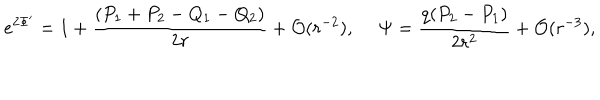
e ^ { 2 \Phi ^ { \prime } } = 1 + { \frac { ( P _ { 1 } + P _ { 2 } - Q _ { 1 } - Q _ { 2 } ) } { 2 r } } + { \cal O } ( r ^ { - 2 } ) , \ \Psi = { \frac { q ( P _ { 2 } - P _ { 1 } ) } { 2 r ^ { 2 } } } + { \cal O } ( r ^ { - 3 } ) ,